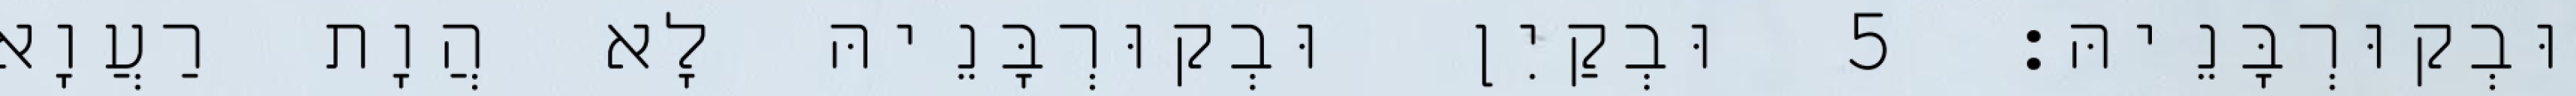
וּבְקוּרְבָּנֵיהּ׃ 5 וּבְקַיִן וּבְקוּרְבָּנֵיהּ לָא הֲוָת רַעֲוָא